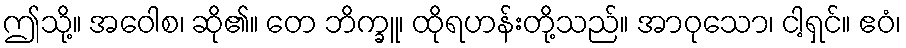
ဤသို့။ အဝေါစ၊ ဆို၏။ တေ ဘိက္ခူ၊ ထိုရဟန်းတို့သည်။ အာဝုသော၊ ငါ့ရှင်။ ဧဝံ၊